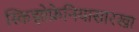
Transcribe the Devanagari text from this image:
स्किझोफ्रेनियासारखा